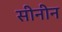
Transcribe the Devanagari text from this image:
सीनीन